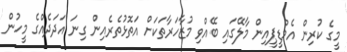
މީގެ ކުރިން އެމްޑީޕީއިން މާލޭގައި ބޭއްވި މުޒާހަރާތަކަށް އަތޮޅުތެރެއިން ގިނަ އަދަދެއްގެ މީހުން